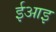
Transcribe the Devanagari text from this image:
ईआइ